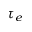
\tau _ { e }